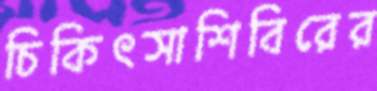
চিকিৎসাশিবিরের